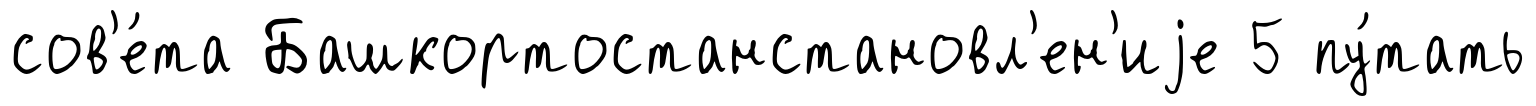
сов'е́та Башкортостанстановл'ен'иjе 5 пу́тать